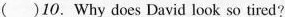
( )10.Why does David look so tired?